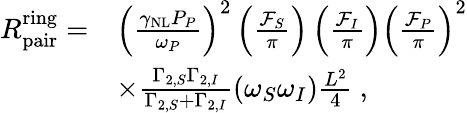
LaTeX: \begin{array}{rl}{R_{\mathrm{pair}}^{\mathrm{ring}}=}&{\left(\frac{\gamma_{\mathrm{NL}}P_{P}}{\omega_{P}}\right)^{2}\left(\frac{\mathcal{F}_{S}}{\pi}\right)\left(\frac{\mathcal{F}_{I}}{\pi}\right)\left(\frac{\mathcal{F}_{P}}{\pi}\right)^{2}}\\ &{\times\frac{\Gamma_{2,S}\Gamma_{2,I}}{\Gamma_{2,S}+\Gamma_{2,I}}\left(\omega_{S}\omega_{I}\right)\frac{L^{2}}{4}\ ,}\end{array}